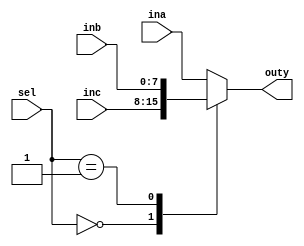
module mux3
#(parameter
	m     = 8 //selecting m bits
)
(
    input [m-1 :0] ina,
    input [m-1 :0] inb,
    input [m-1 :0] inc,
    input [1:0] sel,
    output reg [m-1 :0]  outy
);
	
    always @(*)
    begin
    case(sel)
    2'b00: outy=inc;
    2'b01: outy=inb;
    2'b10: outy=ina;
    default: outy=ina;
    endcase
    end
	
endmodule